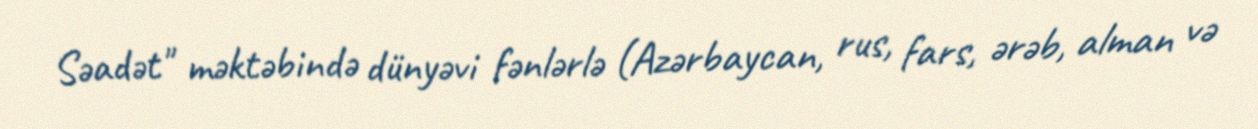
Səadət" məktəbində dünyəvi fənlərlə (Azərbaycan, rus, fars, ərəb, alman və